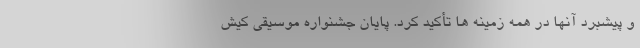
و پیشبرد آنها در همه زمینه ها تأکید کرد. پایان جشنواره موسیقی کیش